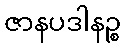
ဇာနပဒါနဉ္စ